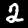
Digit: 2